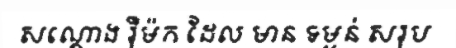
សណ្តោង រ៉ឺម៉ក ដែល មាន ទម្ងន់ សរុប